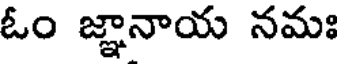
ఓం జ్ఞానాయ నమః